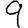
Digit: 9